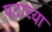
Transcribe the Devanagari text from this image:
पटाच्या